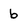
Character: 6